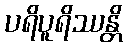
ပရိပူရိဿန္တိ